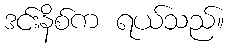
ဒင်းနိစ်က ရယ်သည်။